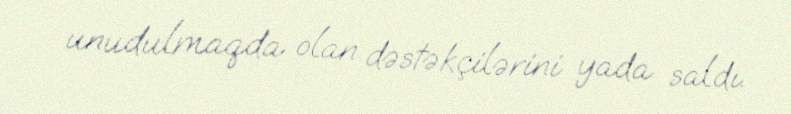
unudulmaqda olan dəstəkçilərini yada saldı.